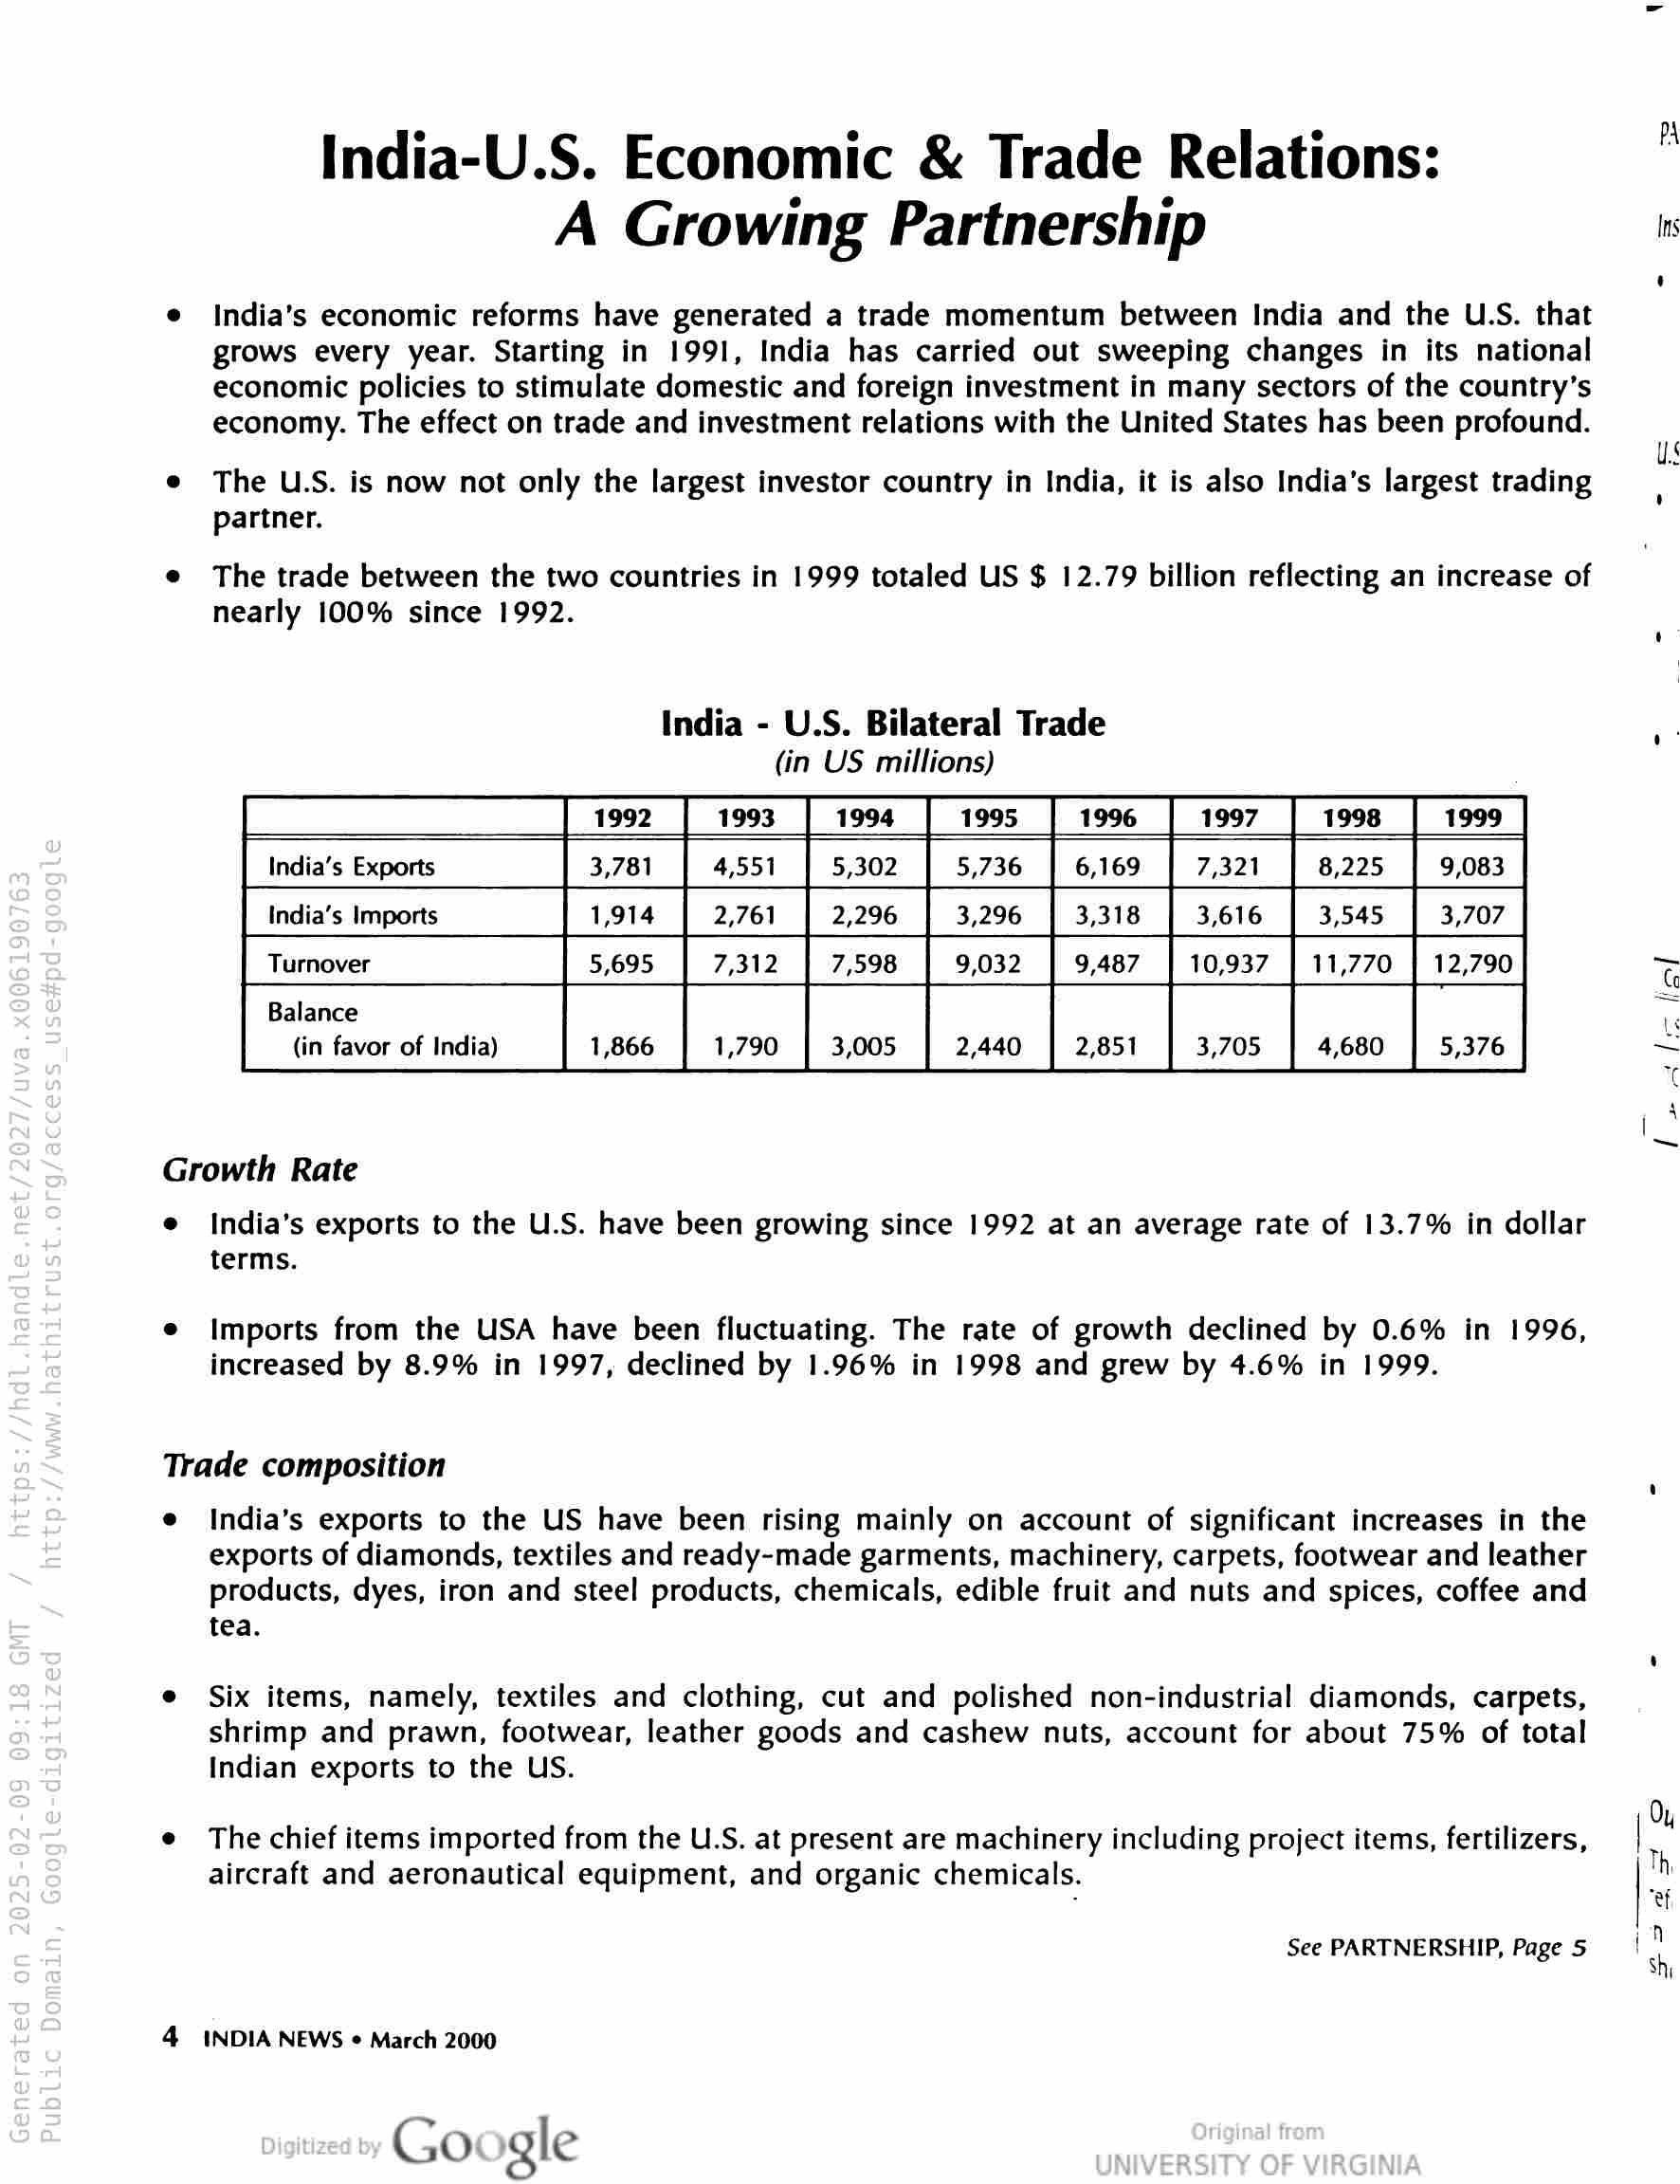
India-U.S. Economic & Trade Relations:
A Growing Partnership

India's economic reforms have generated a trade momentum between India and the U.S. that
grows every year. Starting in 1991, India has carried out sweeping changes in its national
economic policies to stimulate domestic and foreign investment in many sectors of the country’s
economy. The effect on trade and investment relations with the United States has been profound.

The U.S. is now not only the largest investor country in India, it is also India’s largest trading
partner.

The trade between the two countries in 1999 totaled US $ 12.79 billion reflecting an increase of
nearly 100% since 1992.

India - U.S. Bilateral Trade
(in US millions)

India’s Exports

India’s Imports

Turnover

Balance
(in favor of India)

Growth Rate

India’s exports to the U.S. have been growing since 1992 at an average rate of 13.7% in dollar
terms.

Imports from the USA have been fluctuating. The rate of growth declined by 0.6% in 1996,
increased by 8.9% in 1997, declined by 1.96% in 1998 and grew by 4.6% in 1999.

Trade composition

4

India’s exports to the US have been rising mainly on account of significant increases in the
exports of diamonds, textiles and ready-made garments, machinery, carpets, footwear and leather
products, dyes, iron and steel products, chemicals, edible fruit and nuts and spices, coffee and
tea.

Six items, namely, textiles and clothing, cut and polished non-industrial diamonds, carpets,
shrimp and prawn, footwear, leather goods and cashew nuts, account for about 75% of total
Indian exports to the US.

The chief items imported from the U.S. at present are machinery including project items, fertilizers,
aircraft and aeronautical equipment, and organic chemicals.

See PARTNERSHIP, Page 5

INDIA NEWS ¢ March 2000

Google

Ins

Oy

a>

ian